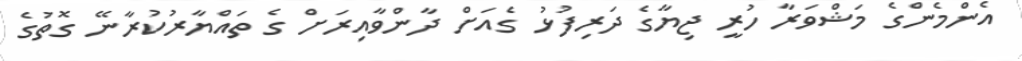
އެންމެންގެ މަޝްވަރާ ހުރީ ޖިޔާގެ ދަރިފުޅު ގެއަށް ދާންވާއިރަށް ގެ ތައްޔާރުކުރާނޭ ގޮތުގެ